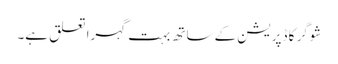
شوگر کا ڈپریشن کے ساتھ بہت گہرا تعلق ہے۔